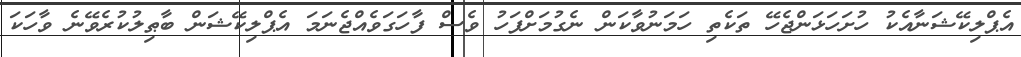
އެޕްލިކޭޝަނާއެކު ހުށަހަޅަންޖެހޭ ތަކެތި ހަމަނުވާކަން ނެގުމަށްފަހު ވެސް ފާހަގަވެއްޖެނަމަ އެޕްލިކޭޝަން ބާޠިލުކުރެވޭނެ ވާހަކަ